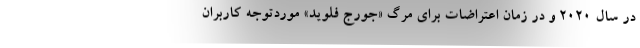
در سال ۲۰۲۰ و در زمان اعتراضات برای مرگ «جورج فلوید» موردتوجه کاربران